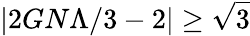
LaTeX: \left|2GN\Lambda/3-2\right|\geq\sqrt{3}